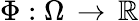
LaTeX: \Phi:\Omega\, \rightarrow\, \mathbb{R}